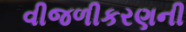
વીજળીકરણની